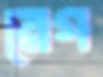
মেগ